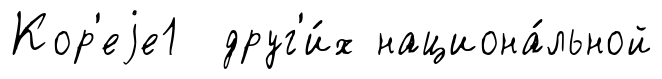
Кор'еjе1 друг'и́х национа́льной